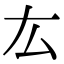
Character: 厷